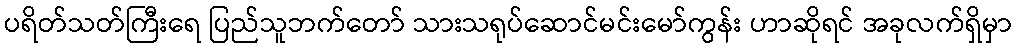
ပရိတ်သတ်ကြီးရေ ပြည်သူဘက်တော် သားသရုပ်ဆောင်မင်းမော်ကွန်း ဟာဆိုရင် အခုလက်ရှိမှာ